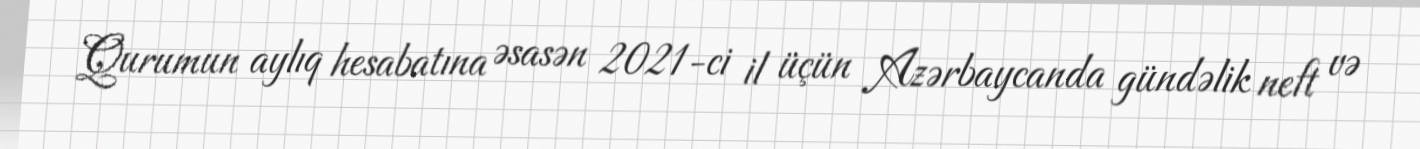
Qurumun aylıq hesabatına əsasən 2021-ci il üçün Azərbaycanda gündəlik neft və